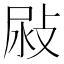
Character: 𢽜